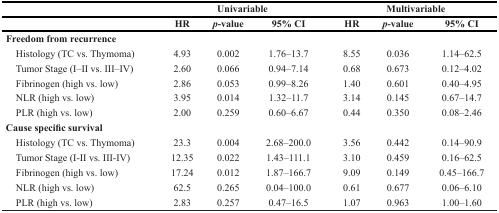
|  | <COLSPAN=3> Univariable | <COLSPAN=3> Multivariable |
 |  | HR | p-value | 95% CI | HR | p-value | 95% CI |
 | --- | --- | --- | --- | --- | --- | --- |
 | Freedom from recurrence |  |  |  |  |  |  |
 | Histology (TC vs. Thymoma) | 4.93 | 0.002 | 1.76–13.7 | 8.55 | 0.036 | 1.14–62.5 |
 | Tumor Stage (I–II vs. III–IV) | 2.60 | 0.066 | 0.94–7.14 | 0.68 | 0.673 | 0.12–4.02 |
 | Fibrinogen (high vs. low) | 2.86 | 0.053 | 0.99–8.26 | 1.40 | 0.601 | 0.40–4.95 |
 | NLR (high vs. low) | 3.95 | 0.014 | 1.32–11.7 | 3.14 | 0.145 | 0.67–14.7 |
 | PLR (high vs. low) | 2.00 | 0.259 | 0.60–6.67 | 0.44 | 0.350 | 0.08–2.46 |
 | Cause specific survival |  |  |  |  |  |  |
 | Histology (TC vs. Thymoma) | 23.3 | 0.004 | 2.68–200.0 | 3.56 | 0.442 | 0.14–90.9 |
 | Tumor Stage (I-II vs. III-IV) | 12.35 | 0.022 | 1.43–111.1 | 3.10 | 0.459 | 0.16–62.5 |
 | Fibrinogen (high vs. low) | 17.24 | 0.012 | 1.87–166.7 | 9.09 | 0.149 | 0.45–166.7 |
 | NLR (high vs. low) | 62.5 | 0.265 | 0.04–100.0 | 0.61 | 0.677 | 0.06–6.10 |
 | PLR (high vs. low) | 2.83 | 0.257 | 0.47–16.5 | 1.07 | 0.963 | 1.00–1.60 |